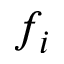
f _ { i }